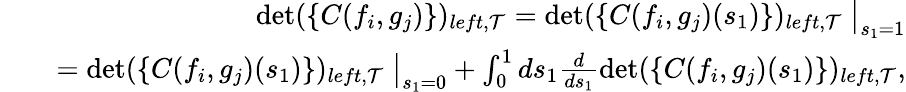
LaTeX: \begin{array}{rlr}&{}&{\operatorname*{det}(\{ C(f_{i},g_{j})\} )_{left,{\cal T}}=\operatorname*{det}(\{ C(f_{i},g_{j})(s_{1})\} )_{left,{\cal T}}\ \big|_{s_{1}=1}}\\ &{}&{=\operatorname*{det}(\{ C(f_{i},g_{j})(s_{1})\} )_{left,{\cal T}}\ \big|_{s_{1}=0}+\int_{0}^{1}ds_{1}\frac{d}{ds_{1}}\operatorname*{det}(\{ C(f_{i},g_{j})(s_{1})\} )_{left,{\cal T}},}\end{array}